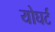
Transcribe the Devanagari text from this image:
योघर्ट